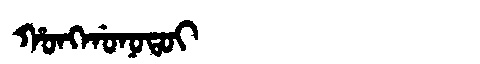
Manchu: ᡥᠣᠩᡤᠣᠨᠣᡨᠣᡳ
Romanization: HONGGONOTOI